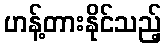
ဟန့်တားနိုင်သည့်